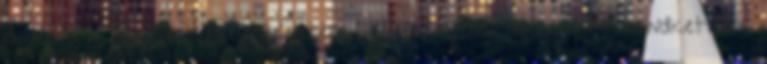
idegesítő - jegyzem meg feleletére. Véleményem szerint, itt mindkettőnk